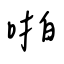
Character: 啪